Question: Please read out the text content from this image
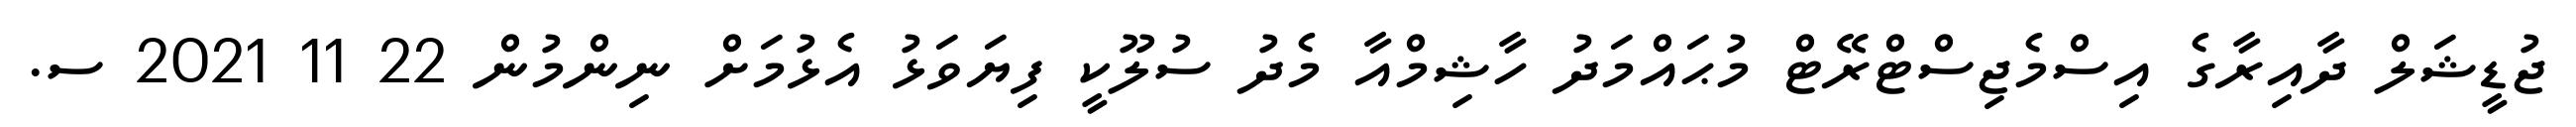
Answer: ޖުޑީޝަލް ދާއިރާގެ އިސްމެޖިސްޓްރޭޓް މުޙައްމަދު ހާޝިމްއާ މެދު ސުލޫކީ ފިޔަވަޅު އެޅުމަށް ނިންމުން 22 11 2021 ސ.